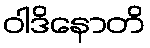
ဝါဒိနောတိ